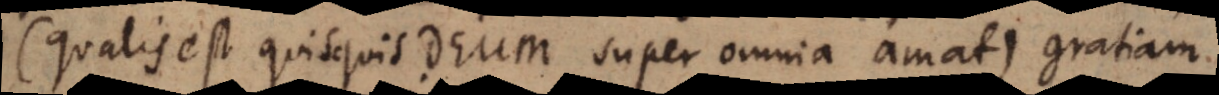
(qualis est quisquis Deum super omnia amat), gratiam